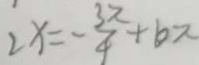
2 x = - \frac { 3 \pi } { 4 } + b \pi